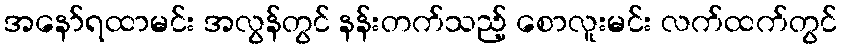
အနော်ရထာမင်း အလွန်တွင် နန်းတက်သည့် စောလူးမင်း လက်ထက်တွင်